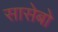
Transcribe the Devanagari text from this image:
सासेबो